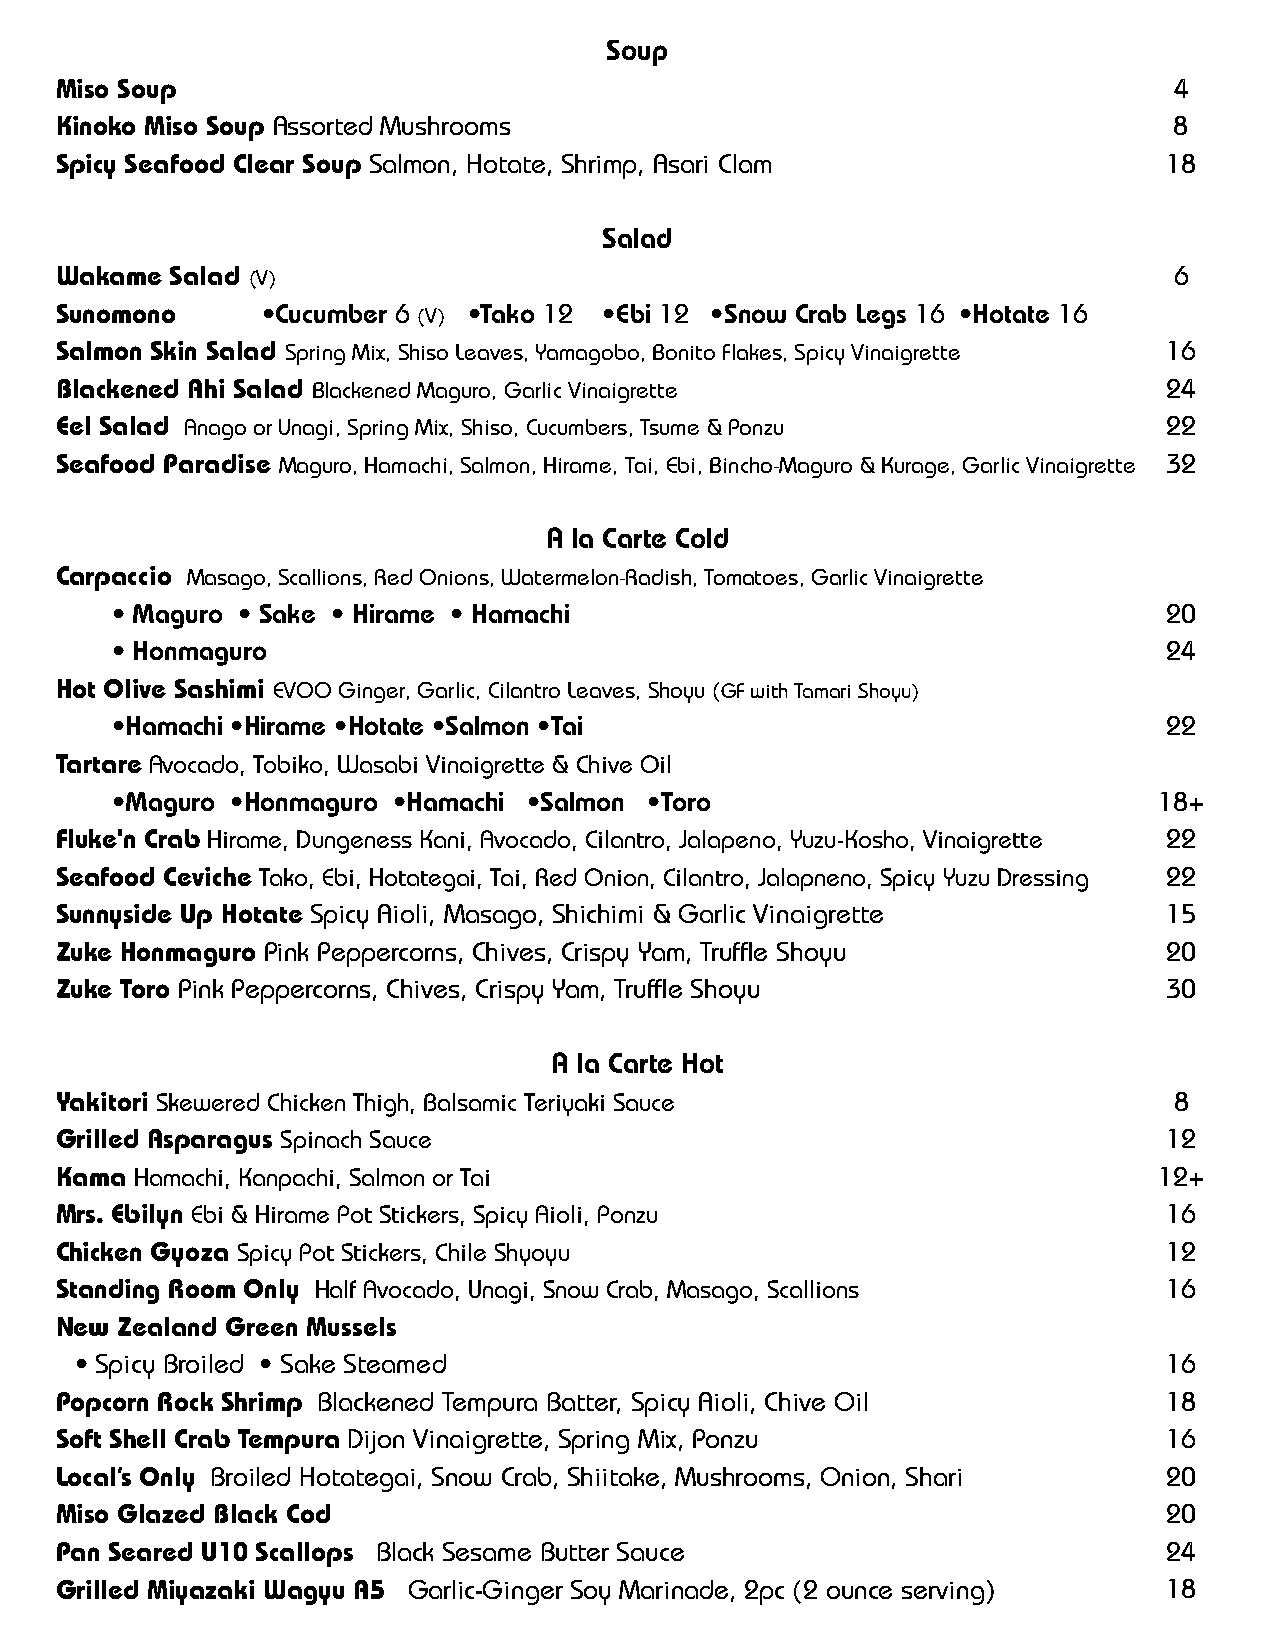
Soup
 Miso Soup                                                                 4
 Kinoko Miso Soup Assorted Mushrooms                                       8
 Spicy Seafood Clear Soup Salmon, Hotate, Shrimp, Asari Clam              18
 Salad
 Wakame Salad (V)                                                          6
 Sunomono     •Cucumber 6 (V) •Tako 12 •Ebi 12 •Snow Crab Legs 16 •Hotate 16
 Salmon Skin Salad Spring Mix, Shiso Leaves, Yamagobo, Bonito Flakes, Spicy Vinaigrette 16
 Blackened Ahi Salad Blackened Maguro, Garlic Vinaigrette                 24
 Eel Salad Anago or Unagi, Spring Mix, Shiso, Cucumbers, Tsume & Ponzu    22
 Seafood Paradise Maguro, Hamachi, Salmon, Hirame, Tai, Ebi, Bincho-Maguro & Kurage, Garlic Vinaigrette 32
 A la Carte Cold
 Carpaccio Masago, Scallions, Red Onions, Watermelon-Radish, Tomatoes, Garlic Vinaigrette
 • Maguro • Sake • Hirame • Hamachi                                    20
 • Honmaguro                                                           24
 Hot Olive Sashimi EVOO Ginger, Garlic, Cilantro Leaves, Shoyu (GF with Tamari Shoyu)
 •Hamachi •Hirame •Hotate •Salmon •Tai                                 22
 Tartare Avocado, Tobiko, Wasabi Vinaigrette & Chive Oil
 •Maguro •Honmaguro •Hamachi •Salmon •Toro                             18+
 Fluke'n Crab Hirame, Dungeness Kani, Avocado, Cilantro, Jalapeno, Yuzu-Kosho, Vinaigrette 22
 Seafood Ceviche Tako, Ebi, Hotategai, Tai, Red Onion, Cilantro, Jalapneno, Spicy Yuzu Dressing 22
 Sunnyside Up Hotate Spicy Aioli, Masago, Shichimi & Garlic Vinaigrette   15
 Zuke Honmaguro Pink Peppercorns, Chives, Crispy Yam, Truffle Shoyu       20
 Zuke Toro Pink Peppercorns, Chives, Crispy Yam, Truffle Shoyu            30
 A la Carte Hot
 Yakitori Skewered Chicken Thigh, Balsamic Teriyaki Sauce                  8
 Grilled Asparagus Spinach Sauce                                          12
 Kama Hamachi, Kanpachi, Salmon or Tai                                    12+
 Mrs. Ebilyn Ebi & Hirame Pot Stickers, Spicy Aioli, Ponzu                16
 Chicken Gyoza Spicy Pot Stickers, Chile Shyoyu                           12
 Standing Room Only Half Avocado, Unagi, Snow Crab, Masago, Scallions     16
 New Zealand Green Mussels
 • Spicy Broiled • Sake Steamed                                          16
 Popcorn Rock Shrimp Blackened Tempura Batter, Spicy Aioli, Chive Oil     18
 Soft Shell Crab Tempura Dijon Vinaigrette, Spring Mix, Ponzu             16
 Local’s Only Broiled Hotategai, Snow Crab, Shiitake, Mushrooms, Onion, Shari 20
 Miso Glazed Black Cod                                                    20
 Pan Seared U10 Scallops Black Sesame Butter Sauce                        24
 Grilled Miyazaki Wagyu A5 Garlic-Ginger Soy Marinade, 2pc (2 ounce serving) 18